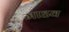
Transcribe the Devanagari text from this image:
माडव